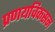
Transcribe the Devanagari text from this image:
प्रणयविकसन